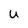
Character: U